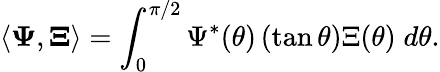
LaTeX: \langle{\mathbf\Psi},{\mathbf\Xi}\rangle=\int_{0}^{\pi/2}\Psi^{*}(\theta)\, (\tan\theta)\Xi(\theta)\; d\theta.